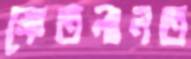
ক্ষেতলালত